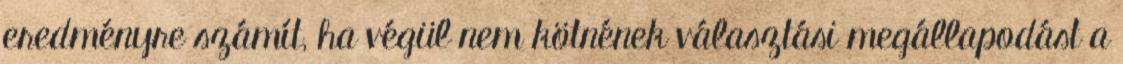
eredményre számít, ha végül nem kötnének választási megállapodást a